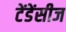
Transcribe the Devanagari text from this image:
टेंडेंसीज